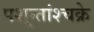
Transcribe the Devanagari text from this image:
पशून्तांश्चक्रे